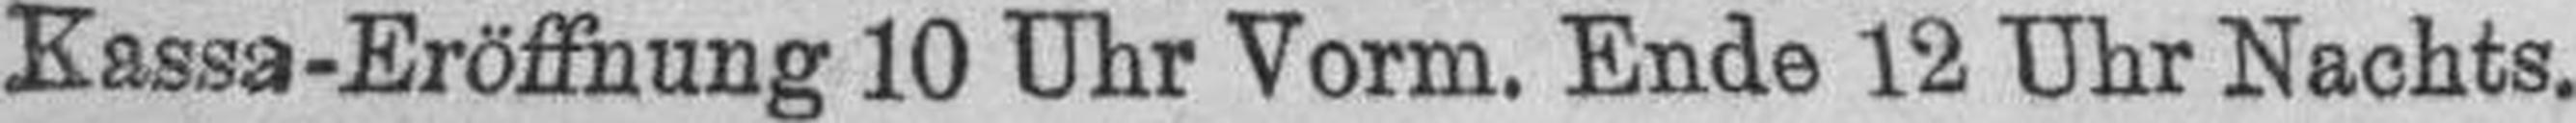
Kassa-Eröffnung 10 Uhr Vorm. Ende 12 Uhr Nachts.